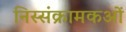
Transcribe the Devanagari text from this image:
निस्संक्रामकओं